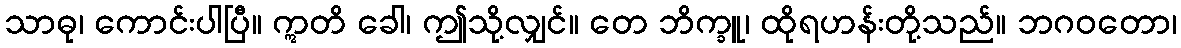
သာဓု၊ ကောင်းပါပြီ။ ဣတိ ခေါ၊ ဤသို့လျှင်။ တေ ဘိက္ခူ၊ ထိုရဟန်းတို့သည်။ ဘဂဝတော၊